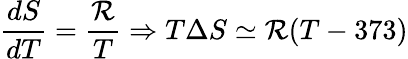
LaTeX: \frac{dS}{dT}=\frac{\mathcal{R}}{T}\Rightarrow T\Delta S\simeq\mathcal{R}(T-373)